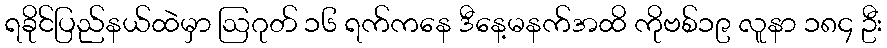
ရခိုင်ပြည်နယ်ထဲမှာ ဩဂုတ် ၁၆ ရက်ကနေ ဒီနေ့မနက်အထိ ကိုဗစ်၁၉ လူနာ ၁၈၄ ဦး